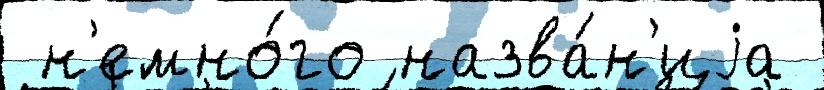
 н'емно́го назва́н'иjа